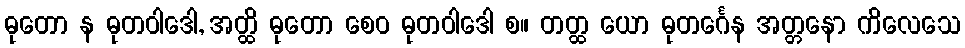
ဓုတော န ဓုတဝါဒေါ, အတ္ထိ ဓုတော စေဝ ဓုတဝါဒေါ စ။ တတ္ထ ယော ဓုတင်္ဂေန အတ္တနော ကိလေသေ